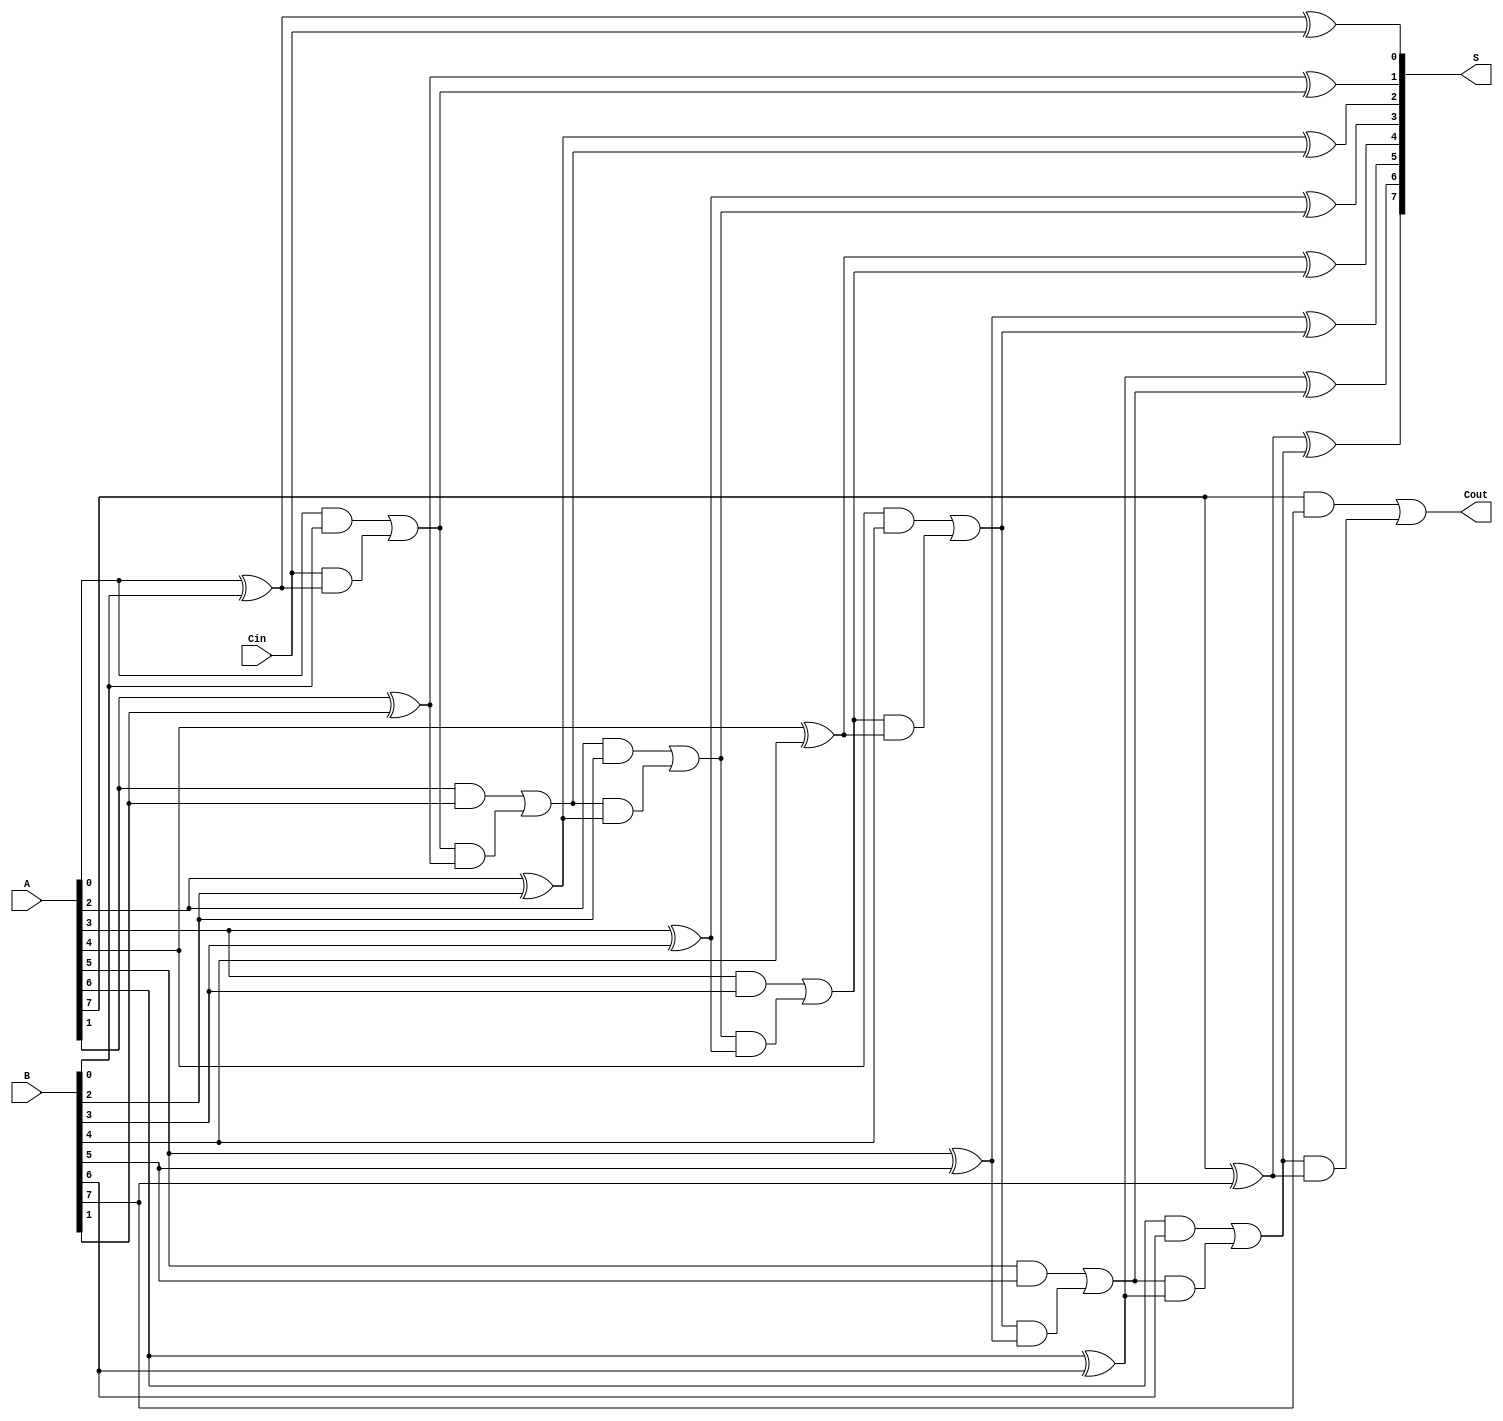
module ManchesterCarryChainAdder #(parameter N = 8) (
    input  wire [N-1:0] A,     // First n-bit input
    input  wire [N-1:0] B,     // Second n-bit input
    input  wire Cin,            // Carry-in
    output wire [N-1:0] S,      // n-bit sum output
    output wire Cout            // Carry-out
);

    wire [N:0] C; // Carry signals (C[0] is the carry-in, C[N] is the carry-out)

    // Generate carry signals
    assign C[0] = Cin; // Initial carry is the carry-in

    genvar i;
    generate
        for (i = 0; i < N; i = i + 1) begin : carry_chain
            assign C[i+1] = (A[i] & B[i]) | (C[i] & (A[i] ^ B[i]));
            assign S[i] = A[i] ^ B[i] ^ C[i]; // Calculate sum
        end
    endgenerate

    assign Cout = C[N]; // Final carry-out

endmodule